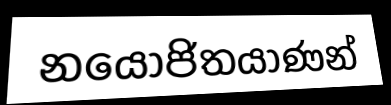
නයෝජිතයාණන්